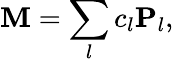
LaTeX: \mathbf{M}=\sum_{l}c_{l}\mathbf{P}_{l},